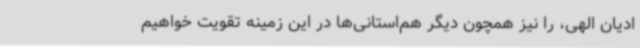
ادیان الهی، را نیز همچون دیگر هم‌استانی‌ها در این زمینه تقویت خواهیم